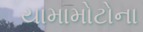
યામામોટોના